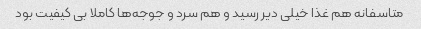
متاسفانه هم غذا خیلی دیر رسید و هم سرد و جوجه‌ها کاملا بی کیفیت بود